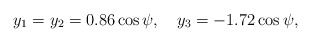
\begin{align*}y_1 = y_2 = 0.86\cos\psi,\quad y_3=-1.72\cos\psi,\end{align*}